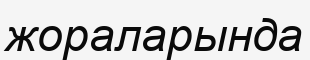
жораларында